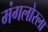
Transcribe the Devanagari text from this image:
मंगलोरला